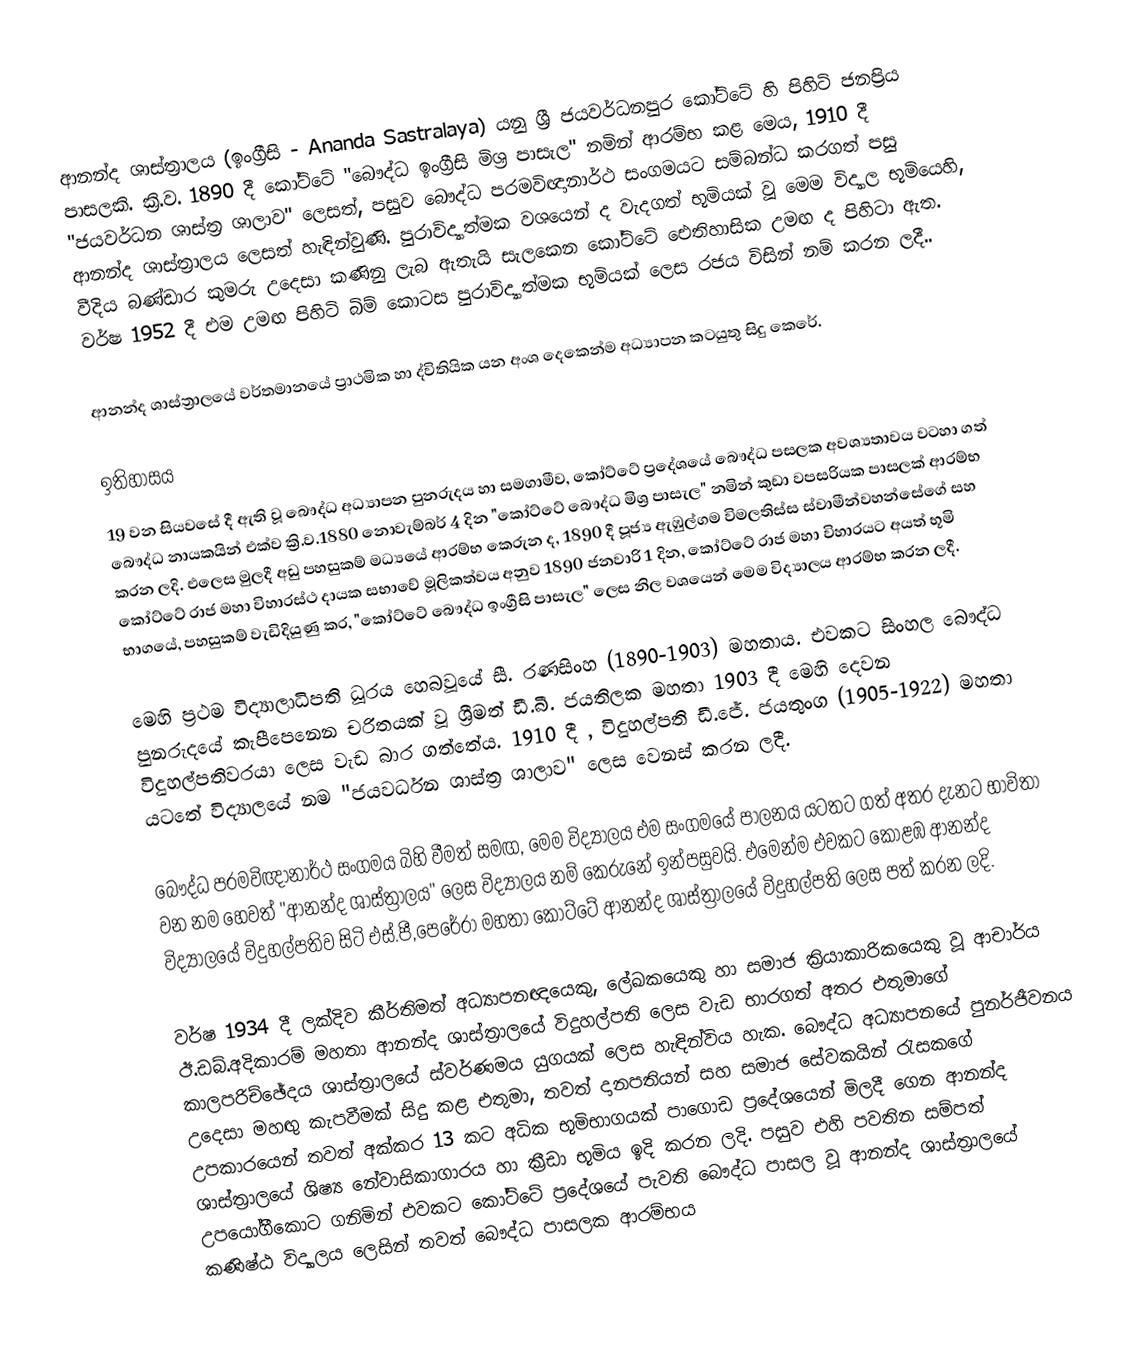
ආනන්ද ශාස්ත්‍රාලය (ඉංග්‍රීසි - Ananda Sastralaya) යනු ශ්‍රී ජයවර්ධනපුර කෝට්ටේ හි පිහිටි ජනප්‍රිය පාසලකි. ක්‍රි.ව. 1890 දී කෝට්ටේ "බෞද්ධ ඉංග්‍රීසි මිශ්‍ර පාසැල" නමින් ආරම්භ කළ මෙය, 1910 දී "ජයවර්ධන ශාස්ත්‍ර ශාලාව" ලෙසත්, පසුව බෞද්ධ පරමවිඥානාර්ථ සංගමයට සම්බන්ධ කරගත් පසු ආනන්ද ශාස්ත්‍රාලය ලෙසත් හැඳින්වුණි. පුරාවිද්‍යාත්මක වශයෙන් ද වැදගත් භූමියක් වූ මෙම විද්‍යාල භූමියෙහි, වීදිය බණ්ඩාර කුමරු උදෙසා කණිනු ලැබ ඇතැයි සැලකෙන කෝට්ටේ ඓතිහාසික උමඟ ද පිහිටා ඇත. වර්ෂ 1952 දී එම උමඟ පිහිටි බිම් කොටස පුරාවිද්‍යාත්මක භූමියක් ලෙස රජය විසින් නම් කරන ලදී..

ආනන්ද ශාස්ත්‍රාලයේ වර්තමානයේ ප්‍රාථමික හා ද්විතියික යන අංශ දෙකෙන්ම අධ්‍යාපන කටයුතු සිදු කෙරේ.

ඉතිහාසය
19 වන සියවසේ දී ඇති වූ බෞද්ධ අධ්‍යාපන පුනරුදය හා සමගාමීව, කෝට්ටේ ප්‍රදේශයේ බෞද්ධ පසලක අවශ්‍යතාවය වටහා ගත් බෞද්ධ නායකයින් එක්ව ක්‍රි.ව.1880 නොවැම්බර් 4 දින "කෝට්ටේ බෞද්ධ මිශ්‍ර පාසැල" නමින් කුඩා වපසරියක පාසලක් ආරම්භ කරන ලදි. එලෙස මුලදී අඩු පහසුකම් මධ්‍යයේ ආරම්භ කෙරුන ද, 1890 දී පූජ්‍ය ඇඹුල්ගම විමලතිස්ස ස්වාමීන්වහන්සේගේ සහ කෝට්ටේ රාජ මහා විහාරස්ථ දායක සභාවේ මූලිකත්වය අනුව 1890 ජනවාරි 1 දින, කෝට්ටේ රාජ මහා විහාරයට අයත් භූමි භාගයේ, පහසුකම් වැඩිදියුණු කර, "කෝට්ටේ බෞද්ධ ඉංග්‍රීසි පාසැල" ලෙස නිල වශයෙන් මෙම විද්‍යාලය ආරම්භ කරන ලදී.

මෙහි ප්‍රථම විද්‍යාලාධිපති ධූරය හෙබවූයේ සී. රණසිංහ (1890-1903) මහතාය. එවකට සිංහල බෞද්ධ පුනරුදයේ කැපීපෙනෙන චරිතයක් වූ ශ්‍රීමත් ඩී.බී. ජයතිලක මහතා 1903 දී මෙහි දෙවන විදුහල්පතිවරයා ලෙස වැඩ බාර ගත්තේය. 1910 දී , විදුහල්පති ඩී.ජේ. ජයතුංග (1905-1922) මහතා යටතේ විද්‍යාලයේ නම "ජයවර්ධන ශාස්ත්‍ර ශාලාව" ලෙස වෙනස් කරන ලදී.  

බෞද්ධ පරමවිඥානාර්ථ සංගමය බිහි වීමත් සමඟ, මෙම විද්‍යාලය එම සංගමයේ පාලනය යටතට ගත් අතර දැනට භාවිතා වන නම හෙවත් "ආනන්ද ශාස්ත්‍රාලය" ලෙස විද්‍යාලය නම් කෙරුනේ ඉන්පසුවයි. එමෙන්ම එවකට කොළඹ ආනන්ද විද්‍යාලයේ විදුහල්පතිව සිටි එස්.පී,පෙරේරා මහතා කෝට්ටේ ආනන්ද ශාස්ත්‍රාලයේ විදුහල්පති ලෙස පත් කරන ලදි.

වර්ෂ 1934 දී ලක්දිව කීර්තිමත් අධ්‍යාපනඥයෙකු, ලේඛකයෙකු හා සමාජ ක්‍රියාකාරිකයෙකු වූ ආචාර්ය ඊ.ඩබ්.අදිකාරම් මහතා ආනන්ද ශාස්ත්‍රාලයේ විදුහල්පති ලෙස වැඩ භාරගත් අතර එතුමාගේ කාලපරිච්ඡේදය ශාස්ත්‍රාලයේ ස්වර්ණමය යුගයක් ලෙස හැඳින්විය හැක. බෞද්ධ අධ්‍යාපනයේ පුනර්ජීවනය උදෙසා මහඟු කැපවීමක් සිදු කළ එතුමා, තවත් දානපතියන් සහ සමාජ සේවකයින් රැසකගේ උපකාරයෙන් තවත් අක්කර 13 කට අධික භූමිභාගයක් පාගොඩ ප්‍රදේශයෙන් මිලදී ගෙන ආනන්ද ශාස්ත්‍රාලයේ ශිෂ්‍ය නේවාසිකාගාරය හා ක්‍රීඩා භූමිය ඉදි කරන ලදි. පසුව එහි පවතින සම්පත් උපයෝගීකොට ගනිමින් එවකට කෝට්ටේ ප්‍රදේශයේ පැවති බෞද්ධ පාසල වූ ආනන්ද ශාස්ත්‍රාලයේ කණිෂ්ඨ විද්‍යාලය ලෙසින් තවත් බෞද්ධ පාසලක ආරම්භය